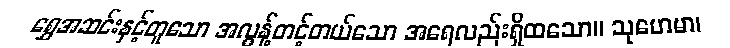
ရွှေအဆင်းနှင့်တူသော အလွန့်တင့်တယ်သော အရေလည်းရှိထသော။ သုဟေမာ၊